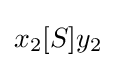
x_{2}[S]y_{2}